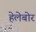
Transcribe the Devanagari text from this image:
हेलेबोर